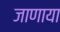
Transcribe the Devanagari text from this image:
जाणाया